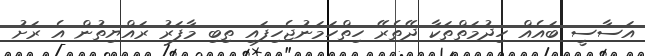
އަސާސީ ބައެއް ހިދުމަތްތަކާ ދޭތެރޭ ހިތްހަމަނުޖެހިފައި ތިބި މާފަރު ރައްޔިތުން އެ ރަށު